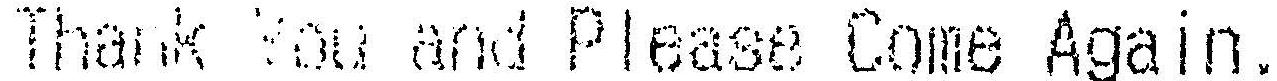
THANK YOU AND PLEASE COME AGAIN.